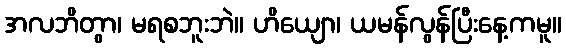
အလဘိတွာ၊ မရစဘူးဘဲ။ ဟိယျော၊ ယမန်လွန်ပြီးနေ့ကမူ။